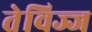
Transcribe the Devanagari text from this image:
तेविज्ज